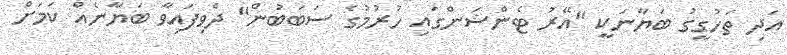
އަދި ތަހުގީގު ބަޔާނަކީ "އޭރު ޓެންޝަންގައި ހުރުމުގެ ސަބަބުން" ދެވިފައިވާ ބަޔާނެއް ކަމަށް